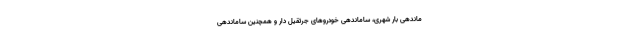
ماندهی بار شهری، ساماندهی خودروهای جرثقیل‌ دار و همچنین ساماندهی